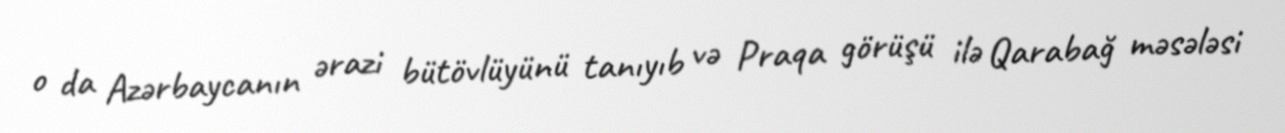
o da Azərbaycanın ərazi bütövlüyünü tanıyıb və Praqa görüşü ilə Qarabağ məsələsi